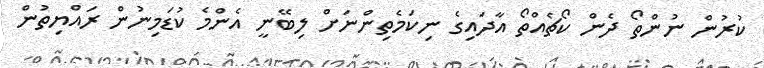
ކުރުން ނުންތޯ ދެން ކޯޗެއްތޯ އާދައިގެ ނިކަމެތިންނަށް ލިބޭނީ އެންމެ ކުޑަމިނުން ރައްޔިތުން